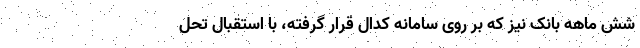
شش ماهه بانک نیز که بر روی سامانه کدال قرار گرفته، با استقبال تحل